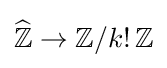
{\widehat {\mathbb {Z} }}\to \mathbb {Z} /k!\,\mathbb {Z}